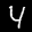
Label: 4